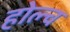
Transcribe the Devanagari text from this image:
होल्च